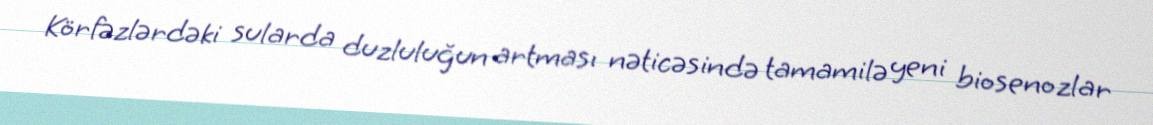
Körfəzlərdəki sularda duzluluğun artması nəticəsində tamamilə yeni biosenozlar